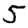
Digit: 5